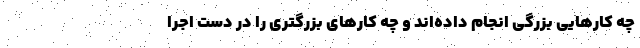
چه کارهایی بزرگی انجام داده‌اند و چه کارهای بزرگتری را در دست اجرا